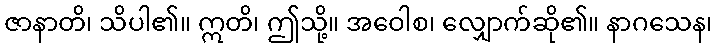
ဇာနာတိ၊ သိပါ၏။ ဣတိ၊ ဤသို့။ အဝေါစ၊ လျှောက်ဆို၏။ နာဂသေန၊